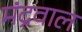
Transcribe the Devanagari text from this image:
मंद्रवाल